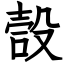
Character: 嗀